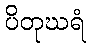
ပိတုဃရံ